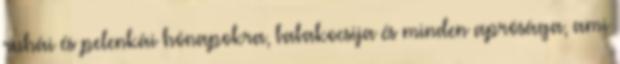
ruhái és pelenkái hónapokra, babakocsija és minden aprósága, ami